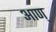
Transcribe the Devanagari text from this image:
आण्